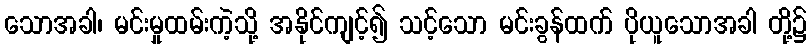
သောအခါ၊ မင်းမှုထမ်းကဲ့သို့ အနိုင်ကျင့်၍ သင့်သော မင်းခွန်ထက် ပိုယူသောအခါ တို့၌